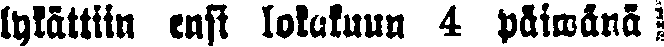
lykättiin ensi lokakuun 4 päiwänä